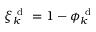
\xi _ { k } ^ { \mathrm { ~ d ~ } } = 1 - \phi _ { k } ^ { \mathrm { ~ d ~ } }